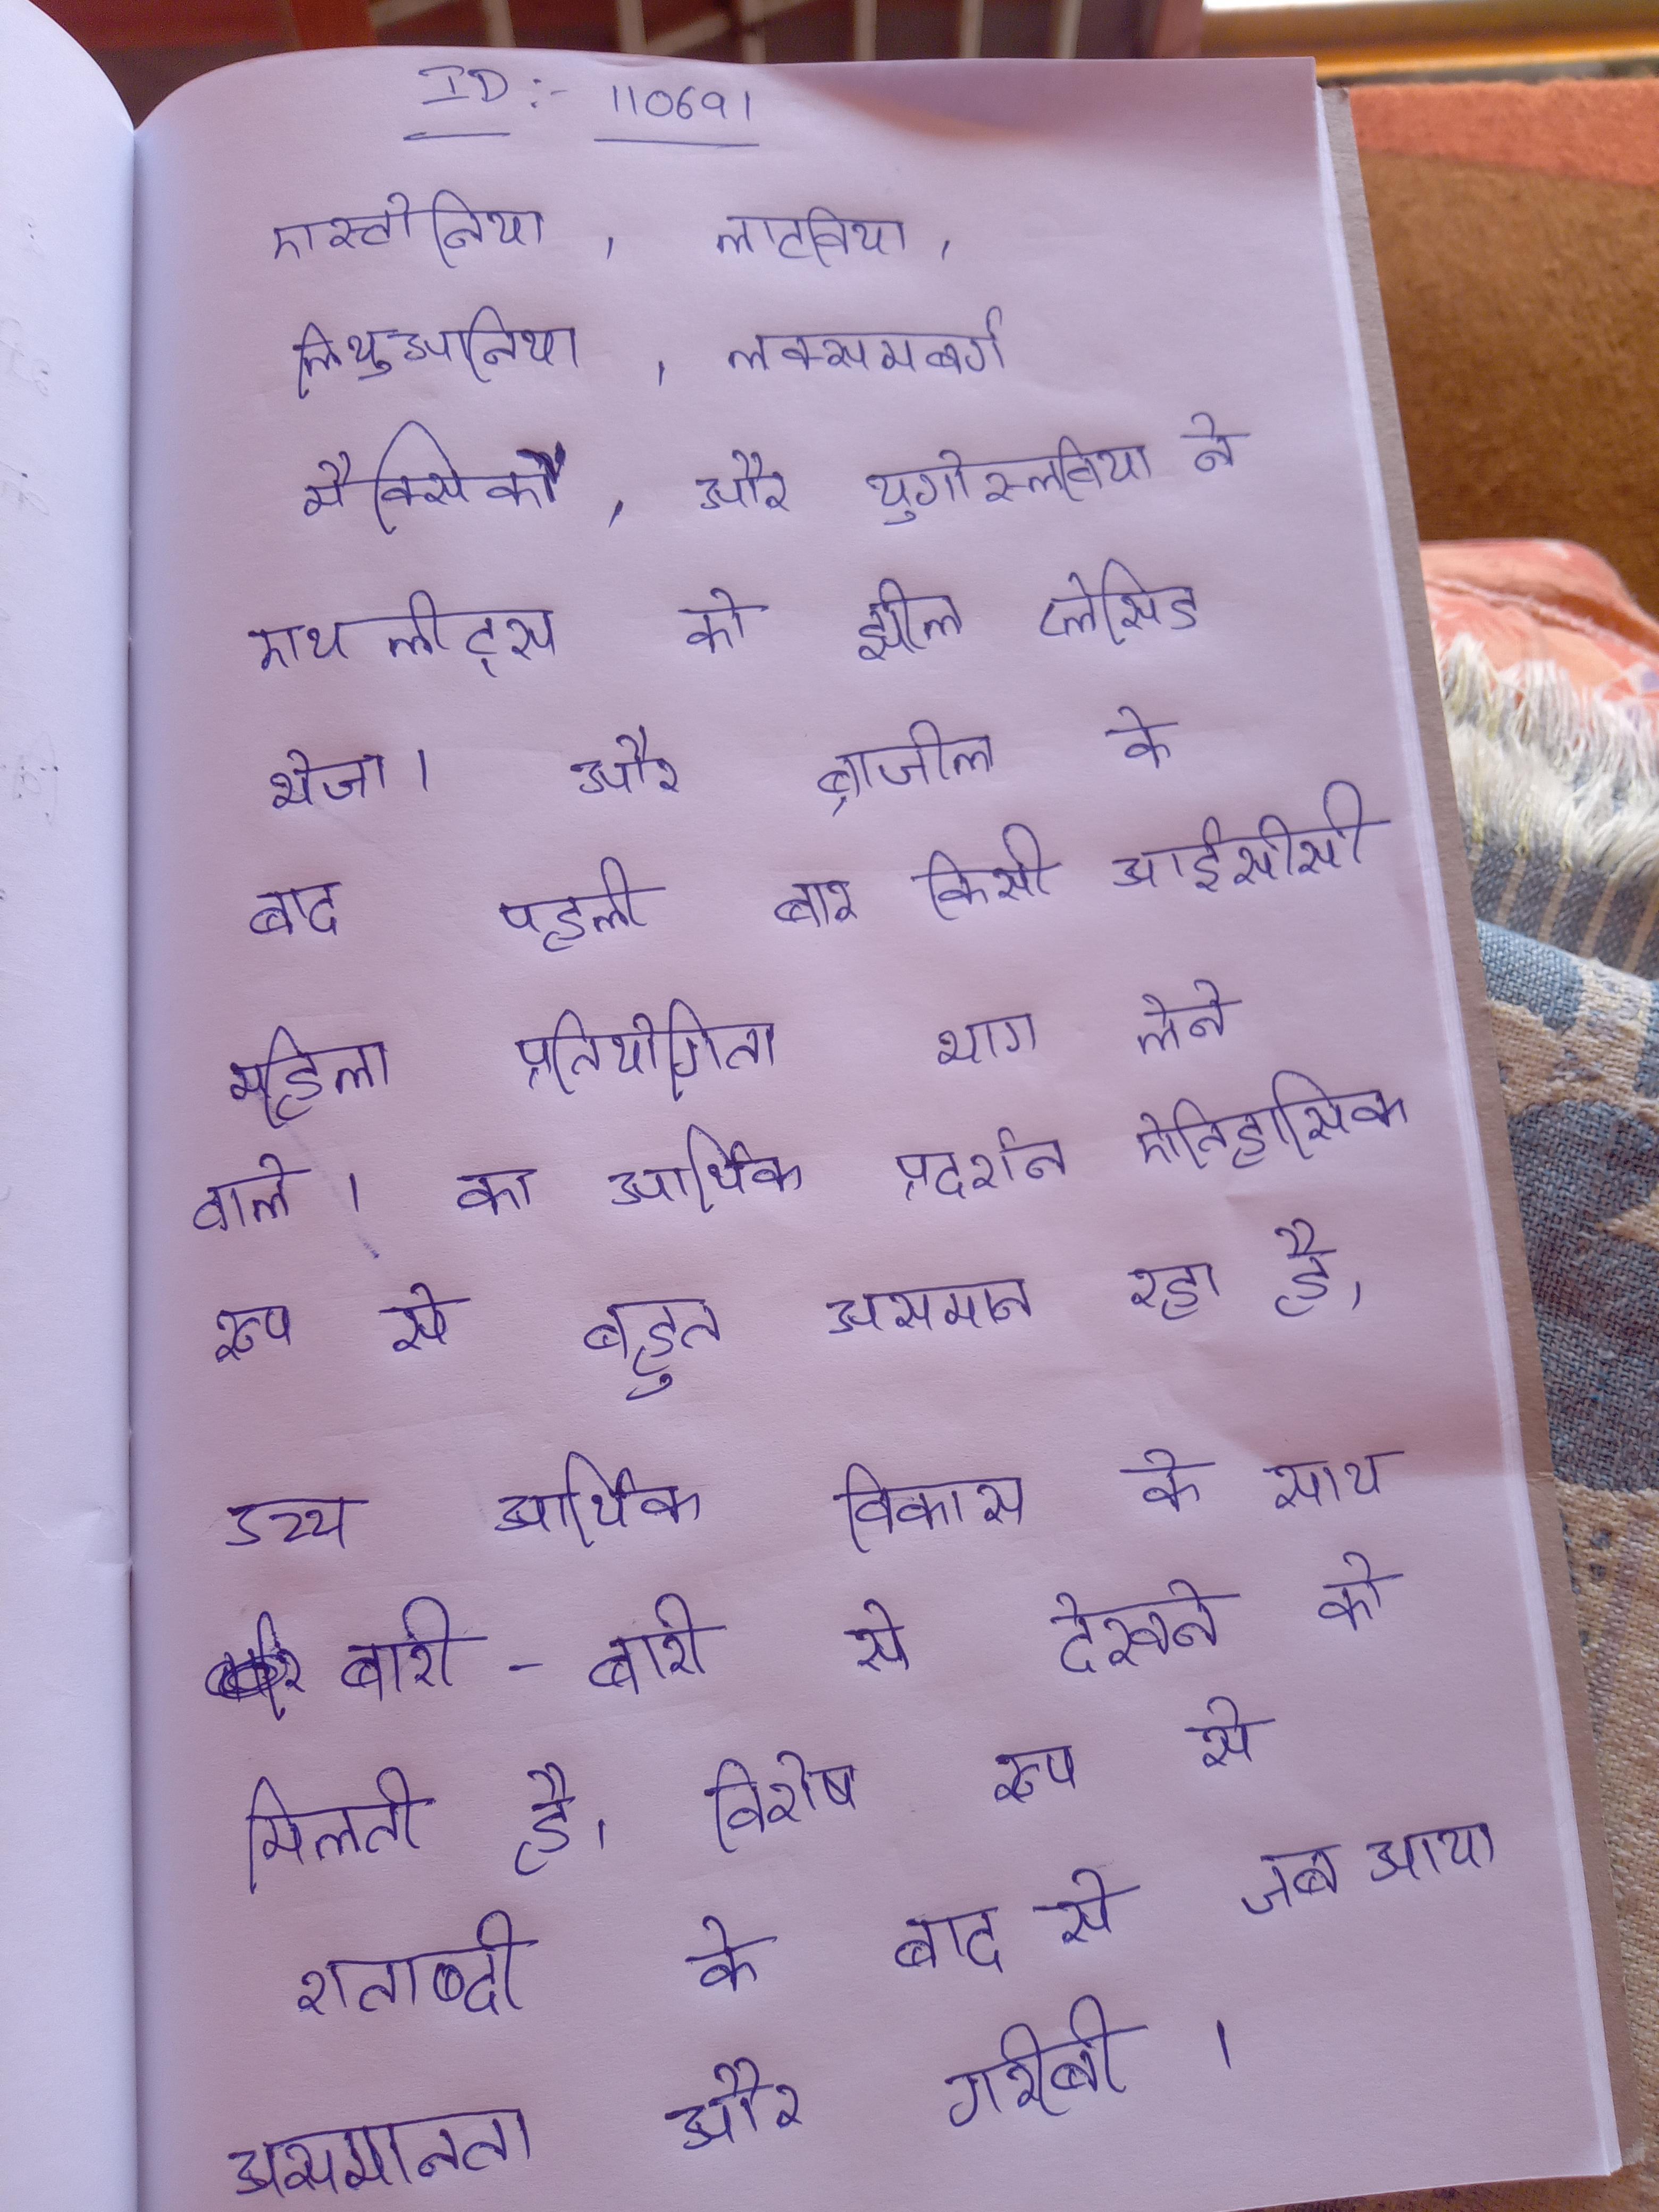
एस्टोनिया, लाटविया, लिथुआनिया, लक्समबर्ग, मैक्सिको, और यूगोस्लाविया ने एथलीट्स को झील प्लेसिड भेजा । और ब्राजील के बाद पहली बार किसी आईसीसी महिला प्रतियोगिता भाग लेने वाले । का आर्थिक प्रदर्शन ऐतिहासिक रूप से बहुत असमान रहा है, उच्च आर्थिक विकास के साथ बारी-बारी से देखने को मिलती है, विशेष रूप से शताब्दी के बाद से, जब आय असमानता और गरीबी ।